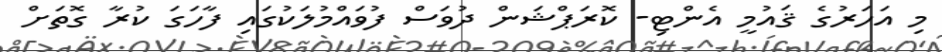
މި އަހަރުގެ ޤައުމީ އެންޓި- ކޮރަޕްޝަން ދުވަސް ފުވައްމުލަކުގައި ފާހަގަ ކުރާ ގޮތަށް